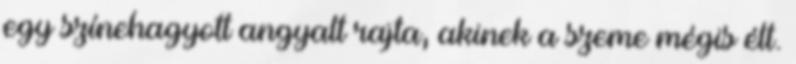
egy színehagyott angyalt rajta, akinek a szeme mégis élt.